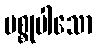
မစ္စုပါသော